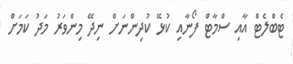
ޓެބްލެޓް އާއި ސްމާޓް ފޯނާއި ކުޅޭ ކުދިންނަށް ނިދޭ މިންވަރު މަދު ކަމަށް